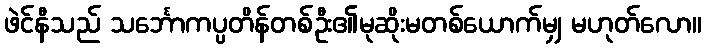
ဖဲင်နီသည် သင်္ဘောကပ္ပတိန်တစ်ဦး၏မုဆိုးမတစ်ယောက်မျှ မဟုတ်လော။